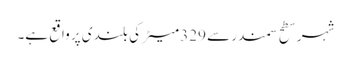
شہر سطح سمندر سے 329 میٹر کی بلندی پر واقع ہے۔